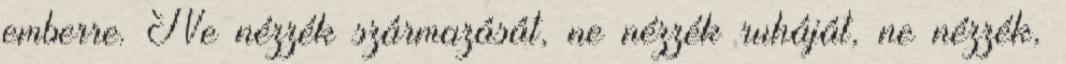
emberre. Ne nézzék származását, ne nézzék ruháját, ne nézzék,